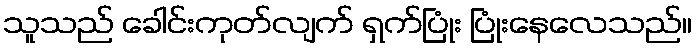
သူသည် ခေါင်းကုတ်လျက် ရှက်ပြုံး ပြုံးနေလေသည်။